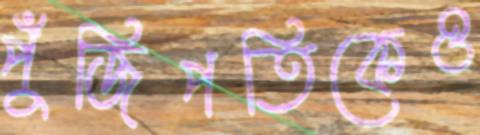
পুঁজিপতিকেও